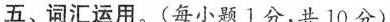
五、词汇运用.(每小题 1分,共 10 分)